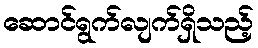
ဆောင်ရွက်လျက်ရှိသည့်